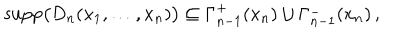
LaTeX: \mathrm { s u p p } \big ( D _ { n } ( x _ { 1 } , \ldots , x _ { n } ) \big ) \subseteq \Gamma _ { n - 1 } ^ { + } ( x _ { n } ) \cup \Gamma _ { n - 1 } ^ { - } ( x _ { n } ) \, ,